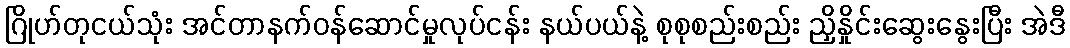
ဂြိုဟ်တုငယ်သုံး အင်တာနက်ဝန်ဆောင်မှုလုပ်ငန်း နယ်ပယ်နဲ့ စုစုစည်းစည်း ညှိနှိုင်းဆွေးနွေးပြီး အဲဒီ